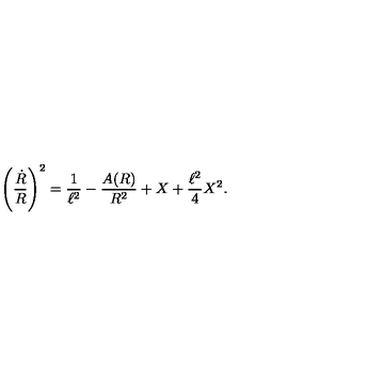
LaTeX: \left( { \frac { \dot { R } } { R } } \right) ^ { 2 } = { \frac { 1 } { \ell ^ { 2 } } } - { \frac { A ( R ) } { R ^ { 2 } } } + X + { \frac { \ell ^ { 2 } } { 4 } } X ^ { 2 } .